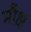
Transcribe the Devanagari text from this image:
मौक्ष